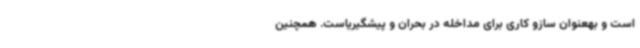
است و بهعنوان سازو کاری برای مداخله در بحران و پیشگیریاست. همچنین